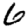
Digit: 6